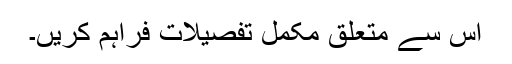
اس سے متعلق مکمل تفصیلات فراہم کریں۔